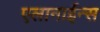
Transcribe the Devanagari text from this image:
एलानाईन्स